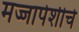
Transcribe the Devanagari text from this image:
मज्जापेशीचे